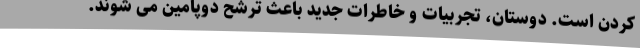
کردن است. دوستان، تجربیات و خاطرات جدید باعث ترشح دوپامین می شوند.